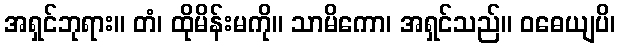
အရှင်ဘုရား။ တံ၊ ထိုမိန်းမကို။ သာမိကော၊ အရှင်သည်။ ဝဓေယျပိ၊